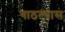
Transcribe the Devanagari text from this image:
गाठल्यास